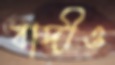
বাদীও